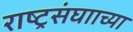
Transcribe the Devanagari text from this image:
राष्ट्रसंघााच्या